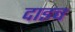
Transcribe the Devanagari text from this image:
दाइच